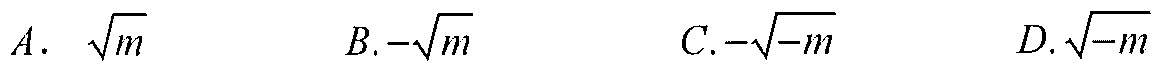
\(A.\ \sqrt{m}\)  \(B.-\sqrt{m}\)  \(C.-\sqrt{-m}\)  \(D.\sqrt{-m}\)